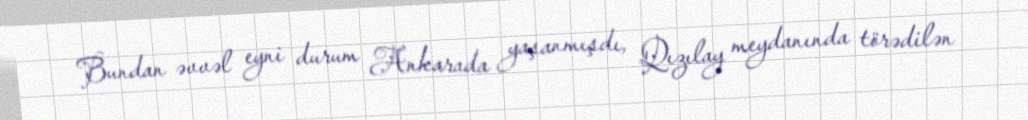
Bundan əvvəl eyni durum Ankarada yaşanmışdı, Qızılay meydanında törədilən